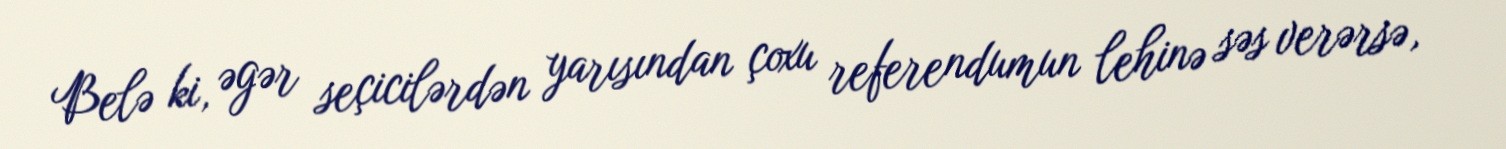
Belə ki, əgər seçicilərdən yarısından çoxu referendumun lehinə səs verərsə,